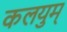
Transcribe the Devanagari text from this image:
कलयुम्